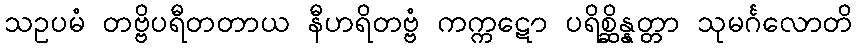
သဥပမံ တဗ္ဗိပရီတတာယ နီဟရိတဗ္ဗံ ကက္ကဋော ပရိစ္ဆိန္နတ္တာ သုမင်္ဂလောတိ